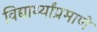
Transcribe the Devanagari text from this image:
विद्यार्थ्यांप्रमाणे